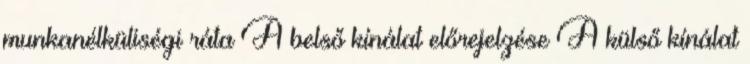
munkanélküliségi ráta A belső kínálat előrejelzése A külső kínálat